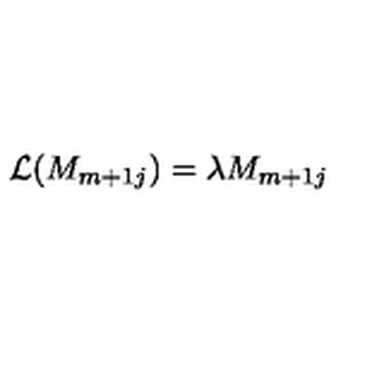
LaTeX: { \cal L } ( M _ { m + 1 j } ) = \lambda M _ { m + 1 j } \,